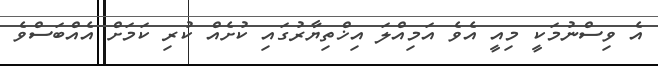
އެ ވިސްނުމަކީ މިއީ އެވެ އަމިއްލަ އިޚްތިޔާރުގައި ކުށެއް ކުރި ކަމަށް އެއްބަސްވެ